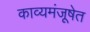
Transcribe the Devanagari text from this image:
काव्यमंजूषेत